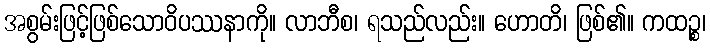
အစွမ်းဖြင့်ဖြစ်သောဝိပဿနာကို။ လာဘီစ၊ ရသည်လည်း။ ဟောတိ၊ ဖြစ်၏။ ကထဉ္စ၊